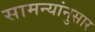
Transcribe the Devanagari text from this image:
सामन्यांनुसार